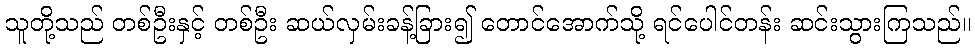
သူတို့သည် တစ်ဦးနှင့် တစ်ဦး ဆယ်လှမ်းခန့်ခြား၍ တောင်အောက်သို့ ရင်ပေါင်တန်း ဆင်းသွားကြသည်။